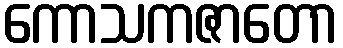
ကောသကဇာတော